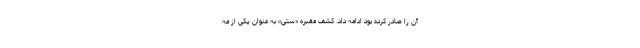
آن را صادر کرده بود ادامه داد. کشف مقبره «ستی» به عنوان یکی از مه